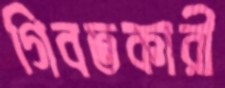
গিবতকারী